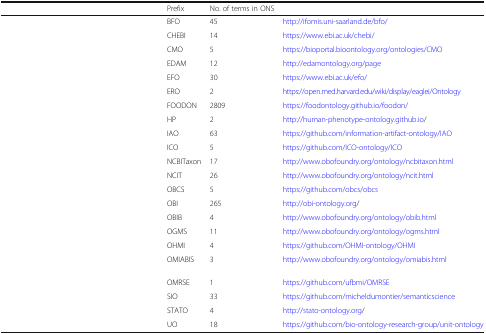
<table><thead><tr><td>[EMPTY_CELL]</td><td><b>Prefix</b></td><td><b>No. of terms in ONS</b></td><td>[EMPTY_CELL]</td></tr></thead><tbody><tr><td>[EMPTY_CELL]</td><td>BFO</td><td>45</td><td>http://ifomis.uni-saarland.de/bfo/</td></tr><tr><td>[EMPTY_CELL]</td><td>CHEBI</td><td>14</td><td>https://www.ebi.ac.uk/chebi/</td></tr><tr><td>[EMPTY_CELL]</td><td>CMO</td><td>5</td><td>https://bioportal.bioontology.org/ontologies/CMO</td></tr><tr><td>[EMPTY_CELL]</td><td>EDAM</td><td>12</td><td>http://edamontology.org/page</td></tr><tr><td>[EMPTY_CELL]</td><td>EFO</td><td>30</td><td>https://www.ebi.ac.uk/efo/</td></tr><tr><td>[EMPTY_CELL]</td><td>ERO</td><td>2</td><td>https://open.med.harvard.edu/wiki/display/eaglei/Ontology</td></tr><tr><td>[EMPTY_CELL]</td><td>FOODON</td><td>2809</td><td>https://foodontology.github.io/foodon/</td></tr><tr><td>[EMPTY_CELL]</td><td>HP</td><td>2</td><td>http://human-phenotype-ontology.github.io/</td></tr><tr><td>[EMPTY_CELL]</td><td>IAO</td><td>63</td><td>https://github.com/information-artifact-ontology/IAO</td></tr><tr><td>[EMPTY_CELL]</td><td>ICO</td><td>5</td><td>https://github.com/ICO-ontology/ICO</td></tr><tr><td>[EMPTY_CELL]</td><td>NCBITaxon</td><td>17</td><td>http://www.obofoundry.org/ontology/ncbitaxon.html</td></tr><tr><td>[EMPTY_CELL]</td><td>NCIT</td><td>26</td><td>http://www.obofoundry.org/ontology/ncit.html</td></tr><tr><td>[EMPTY_CELL]</td><td>OBCS</td><td>5</td><td>https://github.com/obcs/obcs</td></tr><tr><td>[EMPTY_CELL]</td><td>OBI</td><td>265</td><td>http://obi-ontology.org/</td></tr><tr><td>[EMPTY_CELL]</td><td>OBIB</td><td>4</td><td>http://www.obofoundry.org/ontology/obib.html</td></tr><tr><td>[EMPTY_CELL]</td><td>OGMS</td><td>11</td><td>http://www.obofoundry.org/ontology/ogms.html</td></tr><tr><td>[EMPTY_CELL]</td><td>OHMI</td><td>4</td><td>https://github.com/OHMI-ontology/OHMI</td></tr><tr><td>[EMPTY_CELL]</td><td>OMIABIS</td><td>3</td><td>http://www.obofoundry.org/ontology/omiabis.html</td></tr><tr><td>[EMPTY_CELL]</td><td>OMRSE</td><td>1</td><td>https://github.com/ufbmi/OMRSE</td></tr><tr><td>[EMPTY_CELL]</td><td>SIO</td><td>33</td><td>https://github.com/micheldumontier/semanticscience</td></tr><tr><td>[EMPTY_CELL]</td><td>STATO</td><td>4</td><td>http://stato-ontology.org/</td></tr><tr><td>[EMPTY_CELL]</td><td>UO</td><td>18</td><td>https://github.com/bio-ontology-research-group/unit-ontology</td></tr></tbody></table>